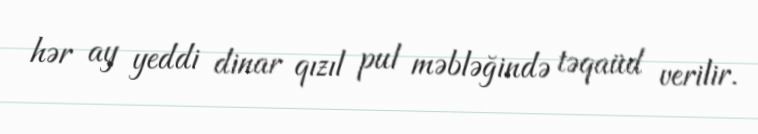
hər ay yeddi dinar qızıl pul məbləğində təqaüd verilir.